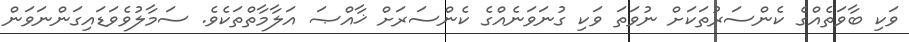
ވަކި ބާވަތެއްގެ ކެންސަރުތަކަށް ނުވަތަ ވަކި ގުނަވަނެއްގެ ކެންސަރަށް ޚާއްޞަ އަލާމާތްތަކެވެ. ސަމާލުވެވަޑައިގަންނަވަން